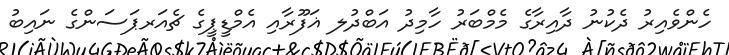
ހެންވެއިރު ދެކުނު ދާއިރާގެ މެމްބަރު ހާމިދު އަބްދުލ ޣަފޫރާއި އެމްޑީޕީގެ ޗެއަރޕަސަންގެ ނައިބު